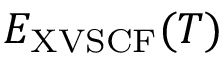
E _ { \mathrm { X V S C F } } ( T )